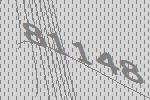
81148